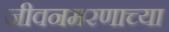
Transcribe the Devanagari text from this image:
जीवनमरणाच्या